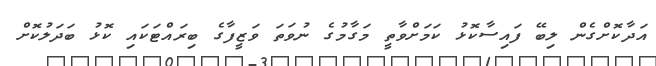
އަދާކޮށްގެން ލިބޭ ފައިސާކޮޅު ކަމަށްވާތީ މަގާމުގެ ނުވަތަ ވަޒީފާގެ ބިރައްޓަކައި ކޮޅު ބަދަލުކޮށް